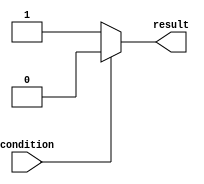
module if_else_example (
    input wire condition,
    output reg result
);

always @* begin
    if (~condition) begin
        result = 1; // If condition is false
    end else begin
        result = 0; // If condition is true
    end
end

endmodule